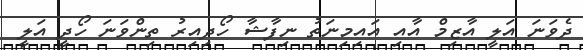
ދެވަނަ އަލީ އާޒިމް އާއި އައިމިނަތު ނިފާޝާ ހޯދިއިރު ތިންވަނަ ހޯދީ އަލީ